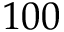
1 0 0